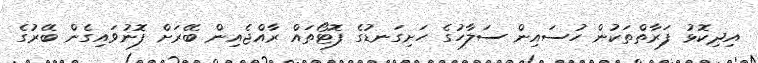
އިދިކޮޅު ފަރާތްތަކުން ހުސައިން ސަލާހުގެ ހަށިގަނޑުގެ ފޮޓޯތައް ރާއްޖެއިން ބޭރަށް ފޮނުވައިގެން ބޭރުގެ